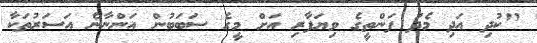
"ކުދި އަދި މެދު ފަންތީގެ ވިޔަފާރި އަށް މީގެ ސަބަބުން އަންނާނެ އަސަރުތަކާ